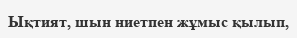
Ықтият, шын ниетпен жұмыс қылып,